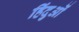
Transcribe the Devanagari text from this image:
हिंदुओें